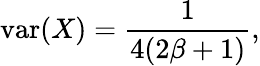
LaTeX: \operatorname{var}(X)={\frac{1}{4(2\beta+1)}},